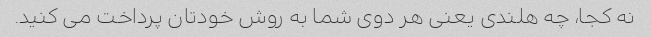
نه کجا، چه هلندی یعنی هر دوی شما به روش خودتان پرداخت می کنید.